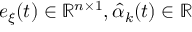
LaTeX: e _ { \xi } ( t ) \in \mathbb { R } ^ { n \times 1 } , { \hat { \alpha } } _ { k } ( t ) \in \mathbb { R }